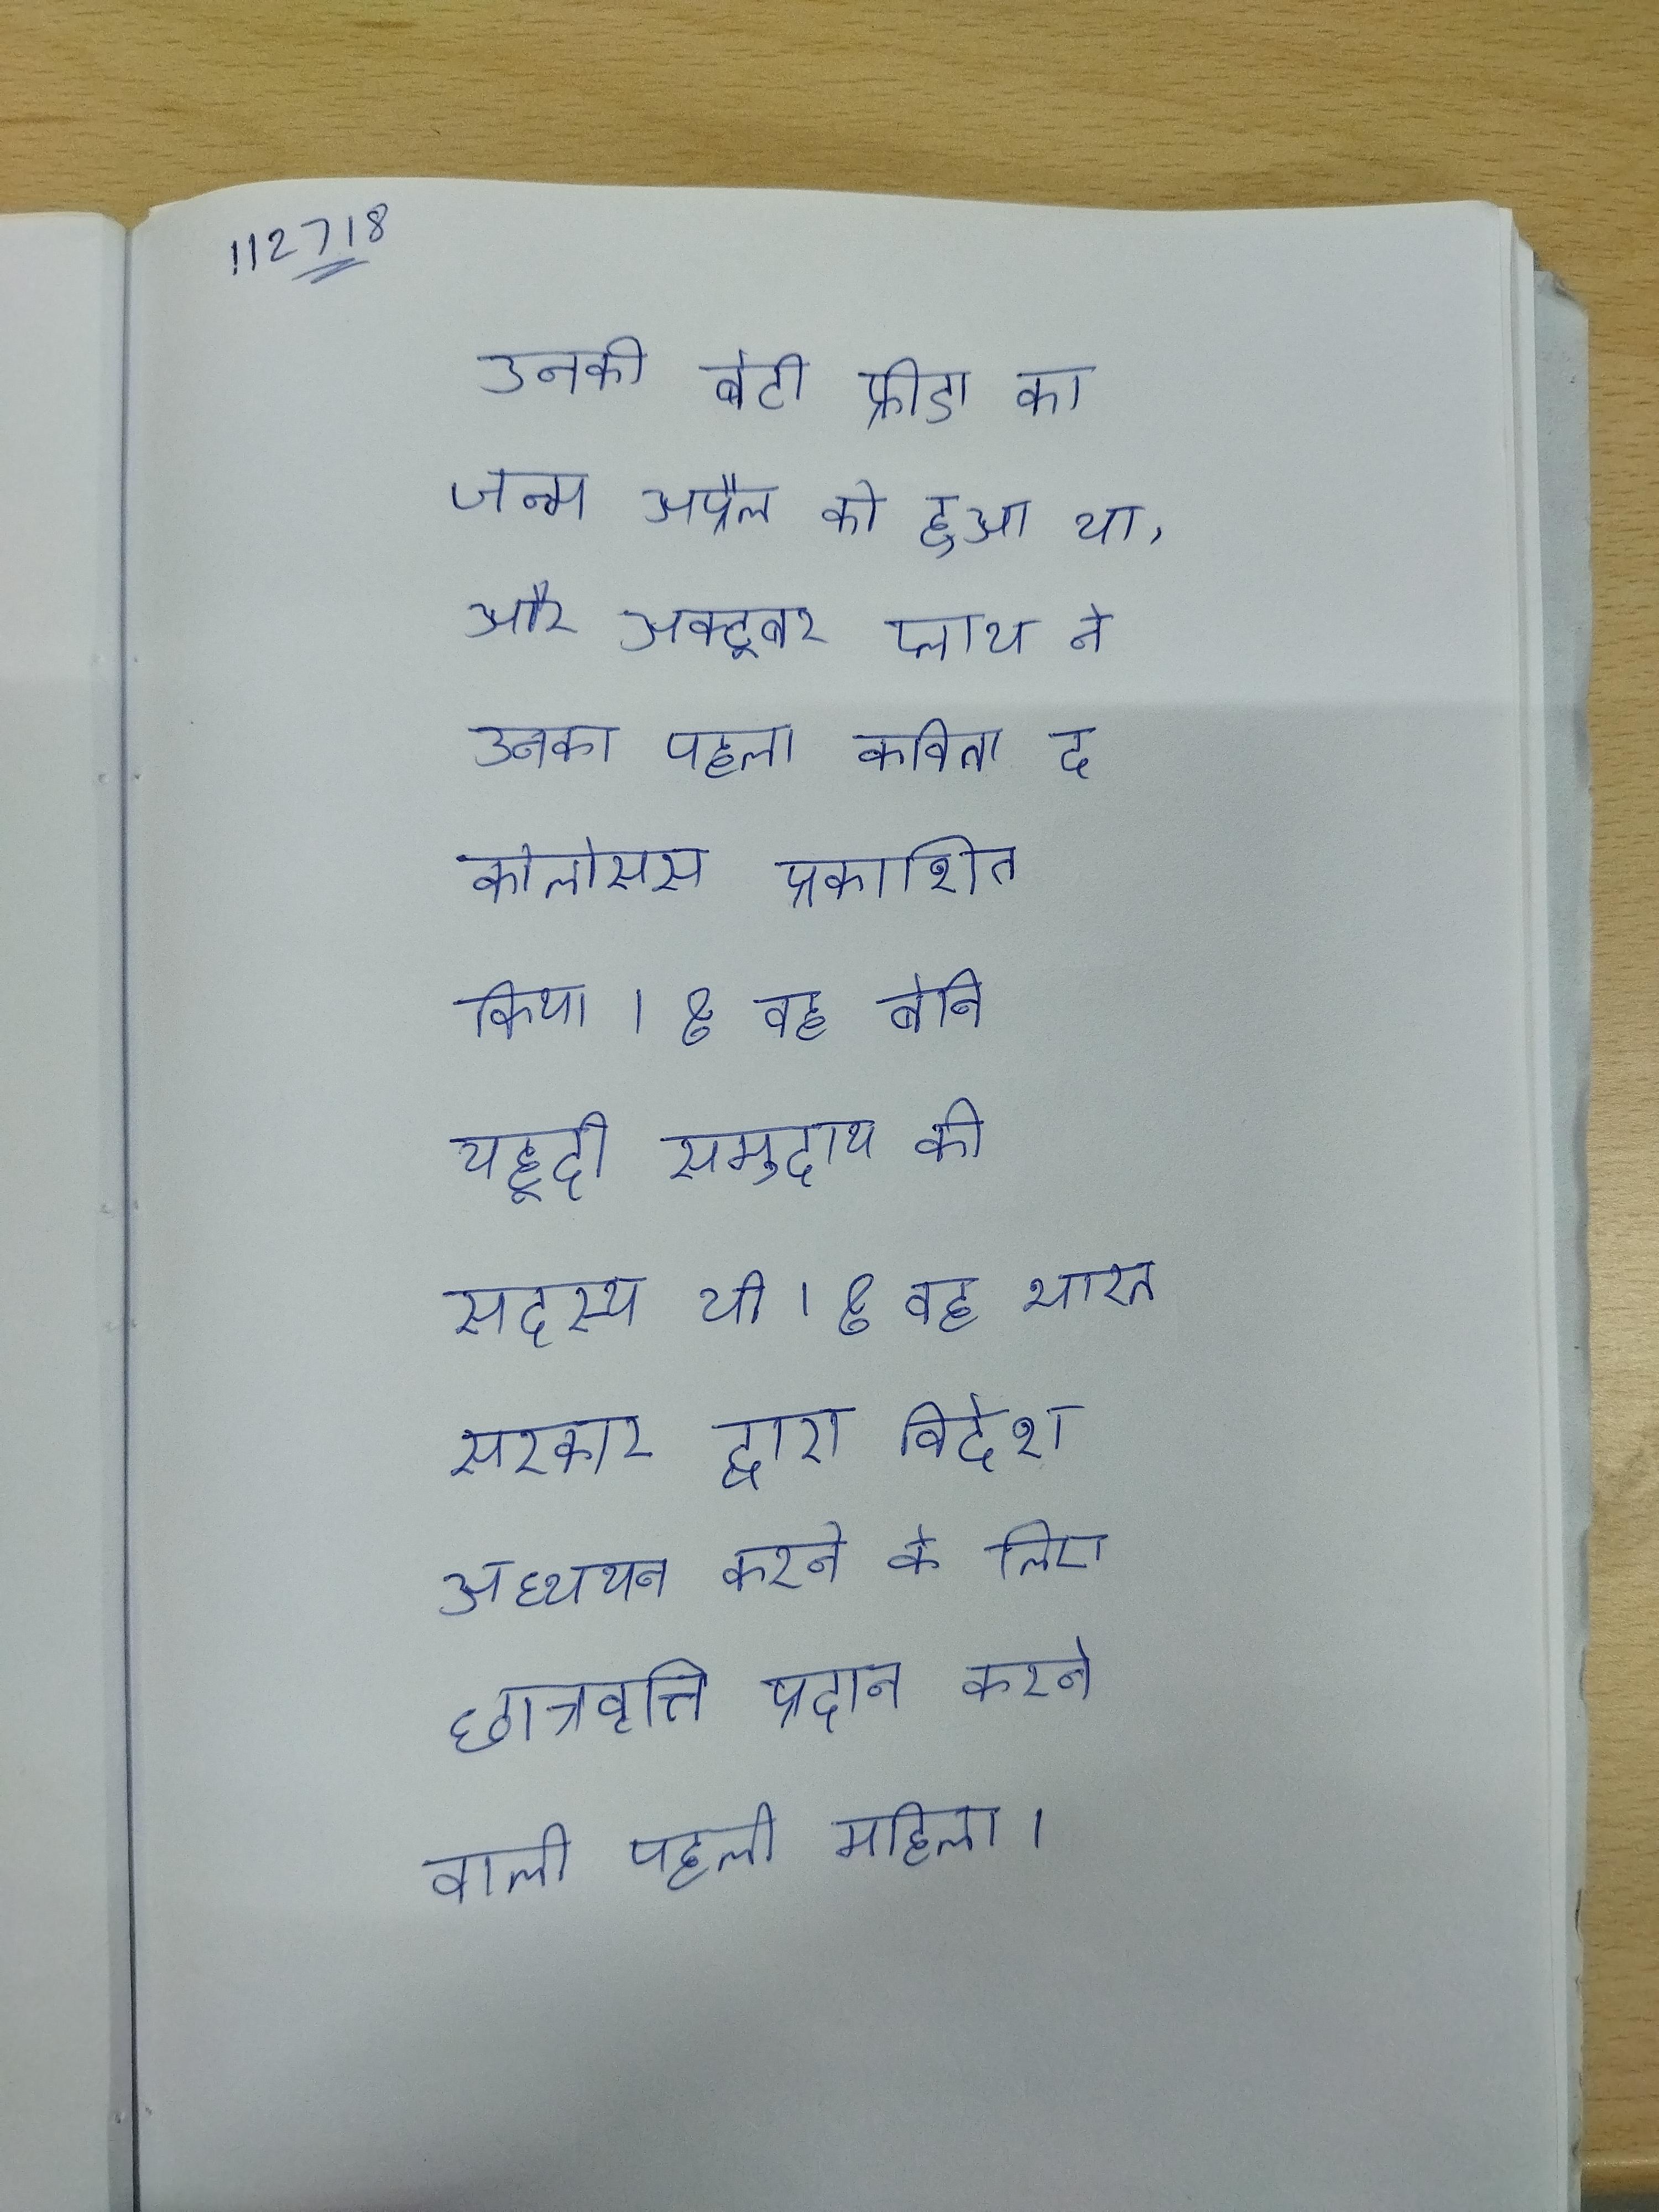
उनकी बेटी फ्रीडा का जन्म अप्रैल को हुआ था, और अक्टूबर प्लाथ ने उनका पहला कविता द कोलोसस प्रकाशित किया । & वह बेनि यहूदी समुदाय की सदस्य थी । & वह भारत सरकार द्वारा विदेश अध्ययन करने के लिए छात्रवृत्ति प्रदान करने वाली पहली महिला ।